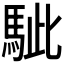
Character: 𩢭